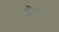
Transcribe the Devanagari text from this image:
अधिभारण